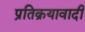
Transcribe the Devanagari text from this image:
प्रतिक्रयावादी